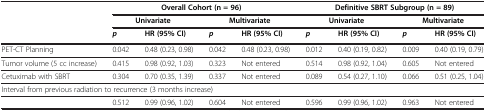
<table><thead><tr><td><b> </b></td><td colspan="4"><b>Overall Cohort (n = 96)</b></td><td colspan="4"><b>Definitive SBRT Subgroup (n = 89)</b></td></tr><tr><td><b> </b></td><td colspan="2"><b>Univariate</b></td><td colspan="2"><b>Multivariate</b></td><td colspan="2"><b>Univariate</b></td><td colspan="2"><b>Multivariate</b></td></tr><tr><td><b> </b></td><td><b><i>p</i></b></td><td><b>HR (95% CI)</b></td><td><b><i>p</i></b></td><td><b>HR (95% CI)</b></td><td><b><i>p</i></b></td><td><b>HR (95% CI)</b></td><td><b><i>p</i></b></td><td><b>HR (95% CI)</b></td></tr></thead><tbody><tr><td>PET-CT Planning</td><td>0.042</td><td>0.48 (0.23, 0.98)</td><td>0.042</td><td>0.48 (0.23, 0.98)</td><td>0.012</td><td>0.40 (0.19, 0.82)</td><td>0.009</td><td>0.40 (0.19, 0.79)</td></tr><tr><td>Tumor volume (5 cc increase)</td><td>0.415</td><td>0.98 (0.92, 1.03)</td><td>0.323</td><td>Not entered</td><td>0.514</td><td>0.98 (0.92, 1.04)</td><td>0.605</td><td>Not entered</td></tr><tr><td>Cetuximab with SBRT</td><td>0.304</td><td>0.70 (0.35, 1.39)</td><td>0.337</td><td>Not entered</td><td>0.089</td><td>0.54 (0.27, 1.10)</td><td>0.066</td><td>0.51 (0.25, 1.04)</td></tr><tr><td colspan="9">Interval from previous radiation to recurrence (3 months increase)</td></tr><tr><td> </td><td>0.512</td><td>0.99 (0.96, 1.02)</td><td>0.604</td><td>Not entered</td><td>0.596</td><td>0.99 (0.96, 1.02)</td><td>0.963</td><td>Not entered</td></tr></tbody></table>